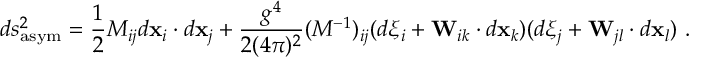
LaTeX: d s _ { \mathrm { a s y m } } ^ { 2 } = \frac { 1 } { 2 } M _ { i j } d { \bf x } _ { i } \cdot d { \bf x } _ { j } + \frac { g ^ { 4 } } { 2 ( 4 \pi ) ^ { 2 } } ( M ^ { - 1 } ) _ { i j } ( d \xi _ { i } + { \bf W } _ { i k } \cdot d { \bf x } _ { k } ) ( d \xi _ { j } + { \bf W } _ { j l } \cdot d { \bf x } _ { l } ) \, \, .